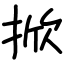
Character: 掀